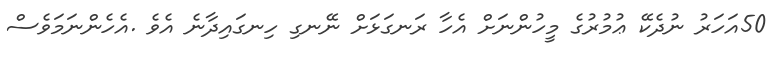
50އަހަރު ނުދެކޭ ޢުމުރުގެ މީހުންނަށް އެހާ ރަނގަޅަށް ނޭނގި ހިނގައިދާނެ އެވެ .އެހެންނަމަވެސް